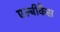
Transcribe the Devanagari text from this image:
एल्बीकैंस